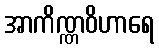
အာကိဏ္ဏဝိဟာရေ